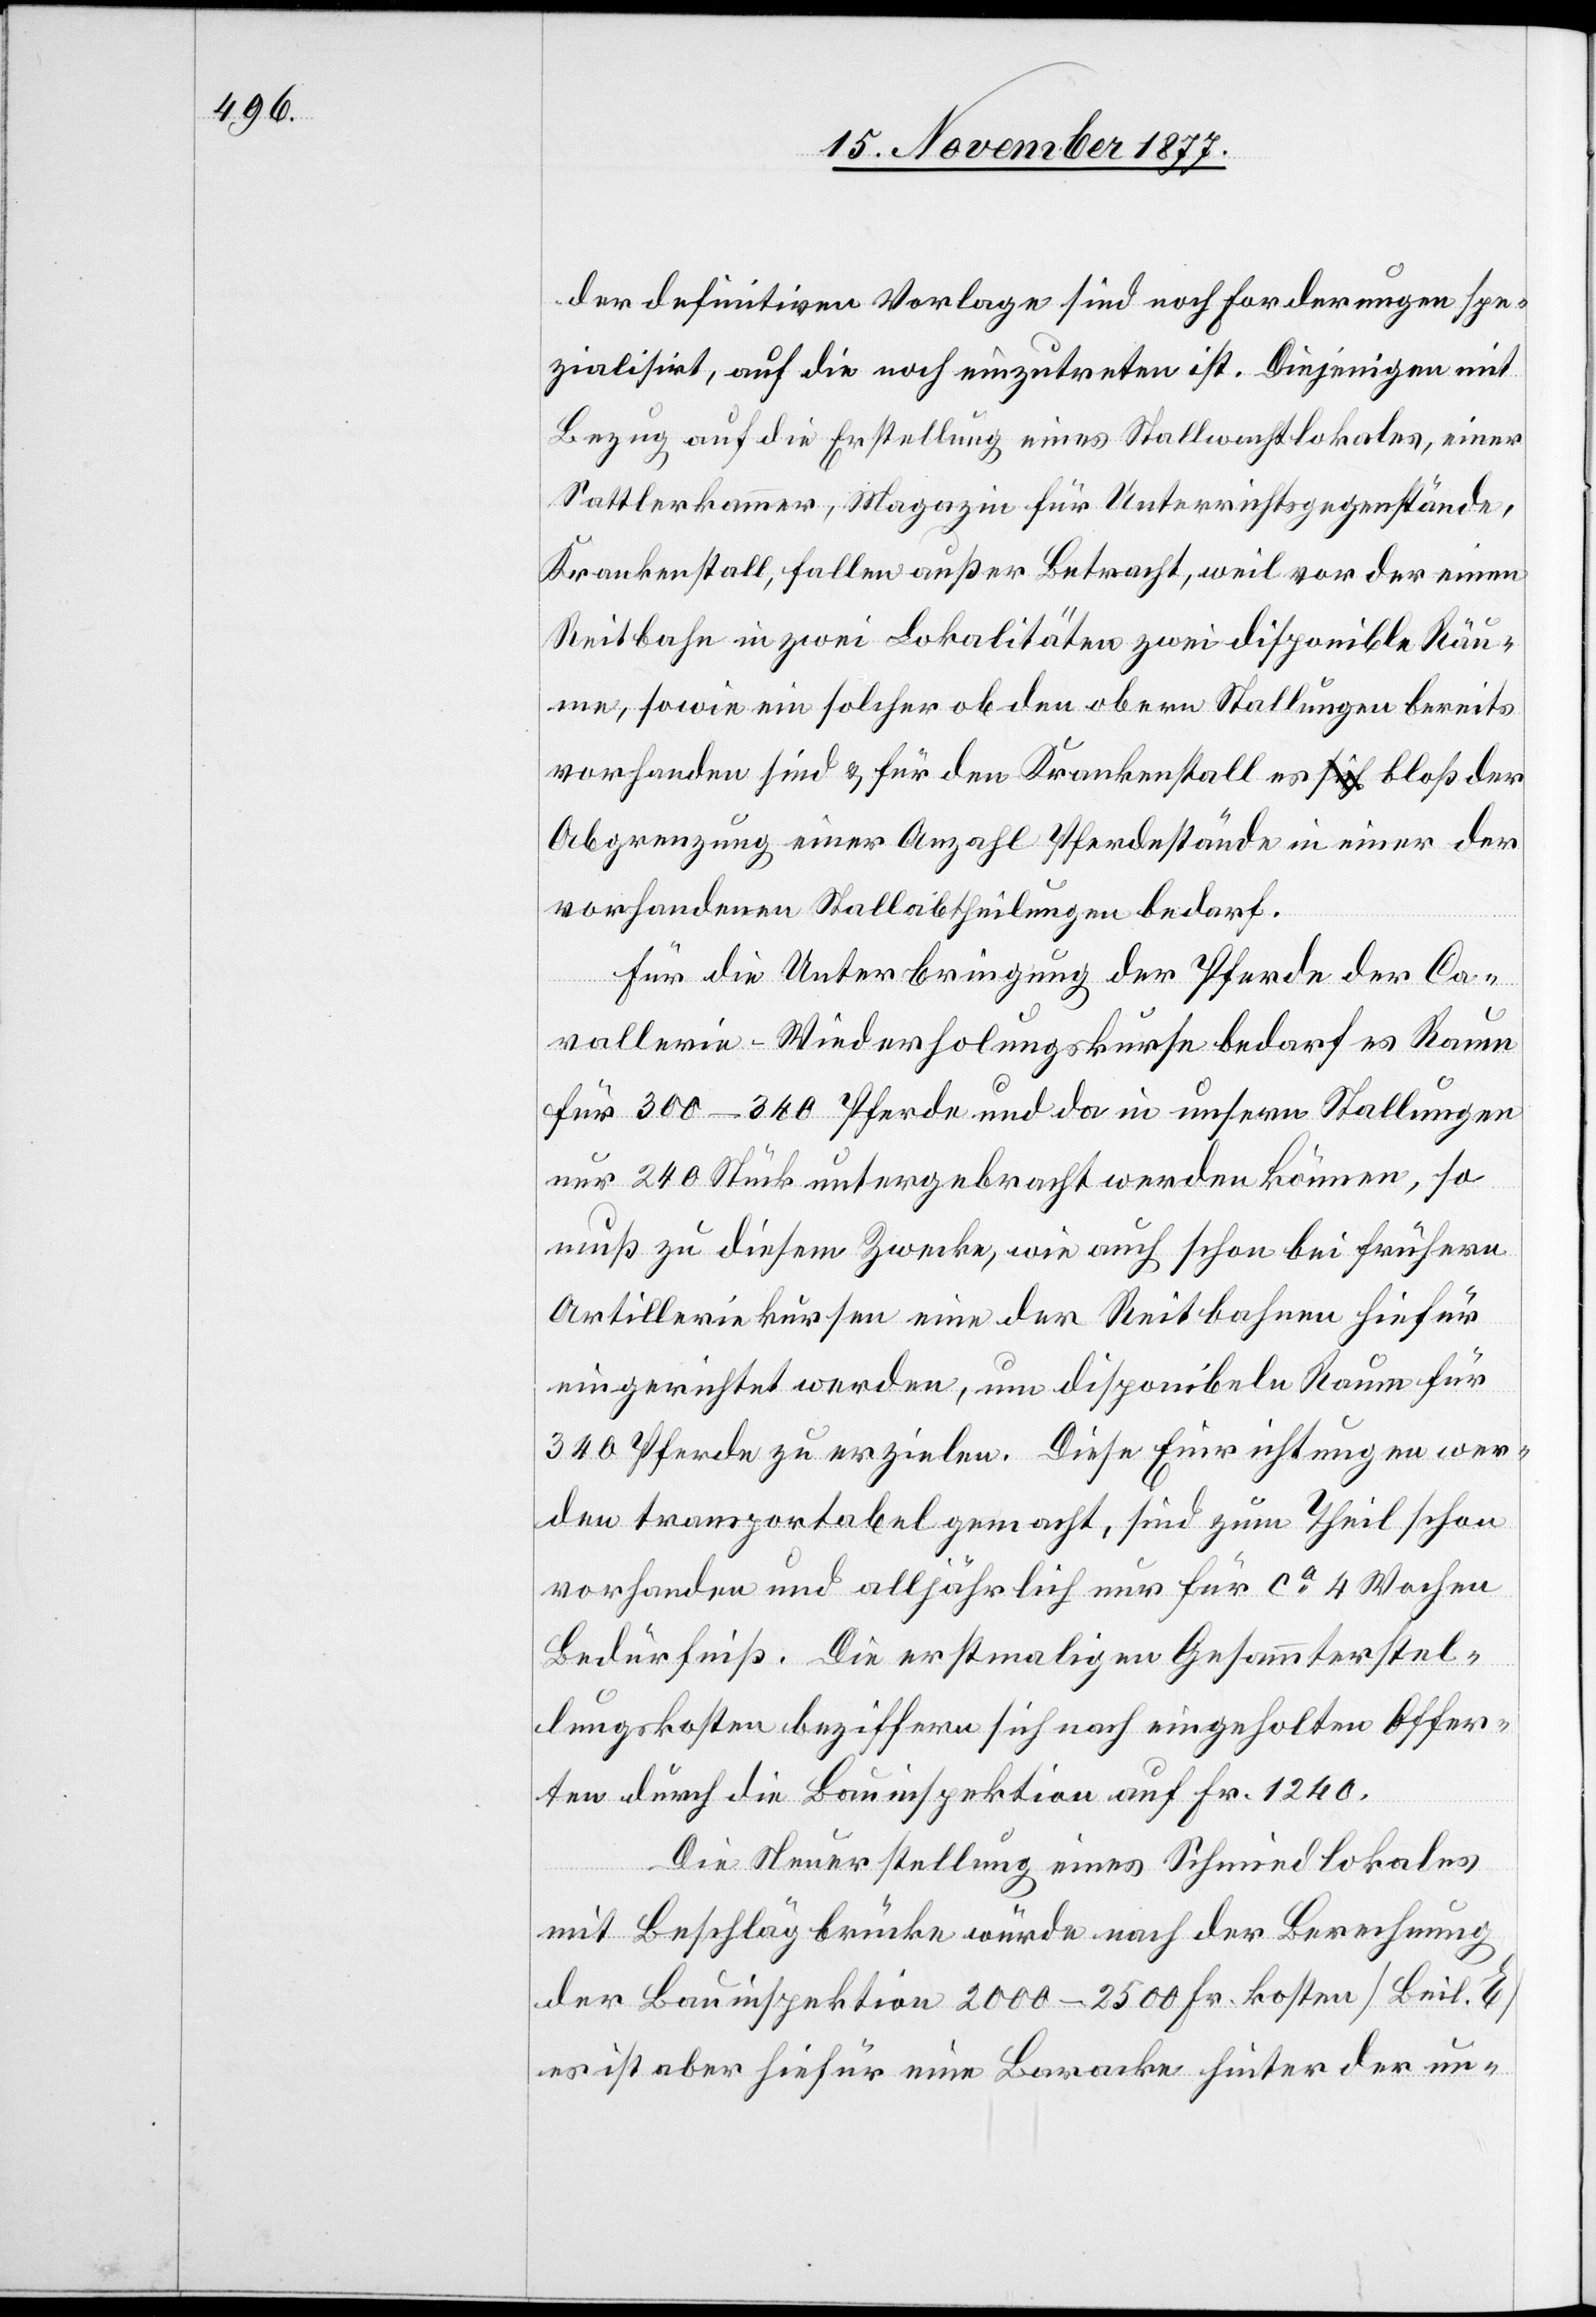
der definitiven Vorlage sind noch Forderungen spe¬
zialisirt, auf die noch einzutreten ist. Diejenigen mit
Bezug auf die Erstellung eines Stallwachtlokales, einer
Sattlerkammer, Magazin für Unterrichtsgegenstände,
Krankenstall, fallen außer Betracht, weil vor der einen
Reitbahn in zwei Lokalitäten zwei disponible Räum¬
e, sowie ein solcher ob den obern Stallungen bereits
vorhanden sind & für den Krankenstall es a-sich-a bloß der
Abgrenzung einer Anzahl Pferdestände in einer der
vorhandenen Stallabtheilungen bedarf.
Für die Unterbringung der Pferde der Ca¬
vallerie-Wiederholungskurse bedarf es Raum
für 300–340 Pferde und da in unsern Stallungen
nur 240 Stück untergebracht werden können, so
muß zu diesem Zwecke, wie auch schon bei frühern
Artilleriekursen eine der Reitbahnen hiefür
eingerichtet werden, um disponibeln Raum für
340 Pferde zu erzielen. Diese Einrichtungen wer¬
den transportabel gemacht, sind zum Theil schon
vorhanden und alljährlich nur für ca 4 Wochen
Bedürfniß. Die erstmaligen Gesammterstel¬
lungskosten beziffern sich nach eingeholten Offer¬
ten durch die Bauinspektion auf Fr. 1240.
Die Steuerstellung eines Schmiedlokales
mit Beschlägbrücke würde nach der Berechnung
der Bauinspektion 2000–2500 Fr. kosten [Beil. E]
es ist aber hiefür eine Baracke hinter der un-